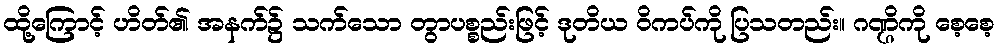
ထို့ကြောင့် ဟိတ်၏ အနက်၌ သက်သော တွာပစ္စည်းဖြင့် ဒုတိယ ဝိကပ်ကို ပြသတည်း။ ဂဏ္ဌိကို စေ့စေ့